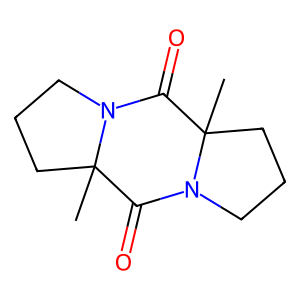
SMILES: CC12CCCN1C(=O)C1(C)CCCN1C2=O
Inhibits HIV replication: No